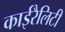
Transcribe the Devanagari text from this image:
काईरैलिटी